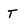
Character: T